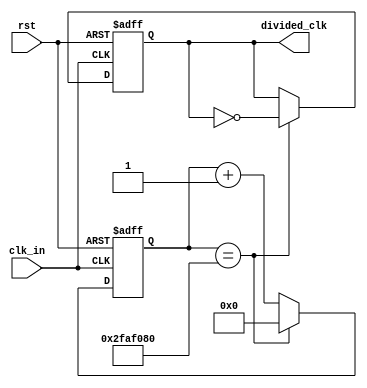
`timescale 1ns / 1ps
//////////////////////////////////////////////////////////////////////////////////
// Company: 
// Engineer: 
// 
// Design Name: 
// Module Name: clk_divider
// Project Name: 
// Target Devices: 
// Tool Versions: 
// Description: 
// 
// Dependencies: 
// 
// Revision:
// Revision 0.01 - File Created
// Additional Comments:
// 
//////////////////////////////////////////////////////////////////////////////////


module clk_divider(
	input clk_in,
	input rst,
	output reg divided_clk
    );
	 
	 
//parameter toggle_value = 26'b10111110101111000010000000;
parameter toggle_value = 26'b10111110101111000010000000;

	 
reg[25:0] cnt;

always@(posedge clk_in or negedge rst)
begin
	if (rst==0) begin
		cnt <= 0;
		divided_clk <= 0;
	end
	else begin
		if (cnt==toggle_value) begin
			cnt <= 0;
			divided_clk <= ~divided_clk;
		end
		else begin
			cnt <= cnt +1;
			divided_clk <= divided_clk;		
		end
	end

end
			  
	


endmodule